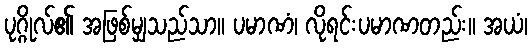
ပုဂ္ဂိုလ်၏ အဖြစ်မျှသည်သာ။ ပမာဏံ၊ လိုရင်းပမာဏတည်း။ အယံ၊